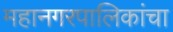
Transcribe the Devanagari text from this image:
महानगरपालिकांचा